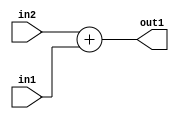
`timescale 1ps / 1ps
/*****************************************************************************
    Verilog RTL Description
    
    
    Created by: Stratus DpOpt 2019.1.01 
*******************************************************************************/

module DC_Filter_Add_5Sx2U_5S_1 (
	in2,
	in1,
	out1
	); /* architecture "behavioural" */ 
input [4:0] in2;
input [1:0] in1;
output [4:0] out1;
wire [4:0] asc001;

assign asc001 = 
	+(in2)
	+(in1);

assign out1 = asc001;
endmodule

/* CADENCE  urnzSQs= : u9/ySgnWtBlWxVPRXgAZ4Og= ** DO NOT EDIT THIS LINE ******/